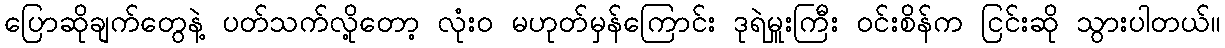
ပြောဆိုချက်တွေနဲ့ ပတ်သက်လို့တော့ လုံးဝ မဟုတ်မှန်ကြောင်း ဒုရဲမှူးကြီး ဝင်းစိန်က ငြင်းဆို သွားပါတယ်။